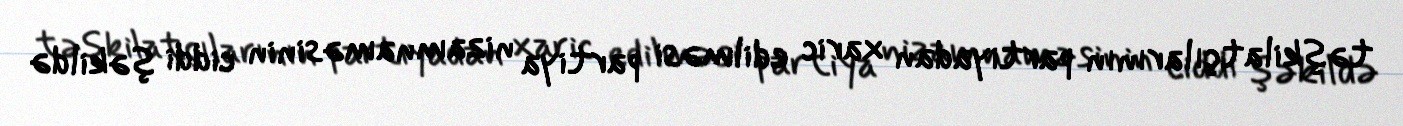
təşkilatçılarının partiyadan xaric edilməsi partiya nizamnaməsinin ciddi şəkildə